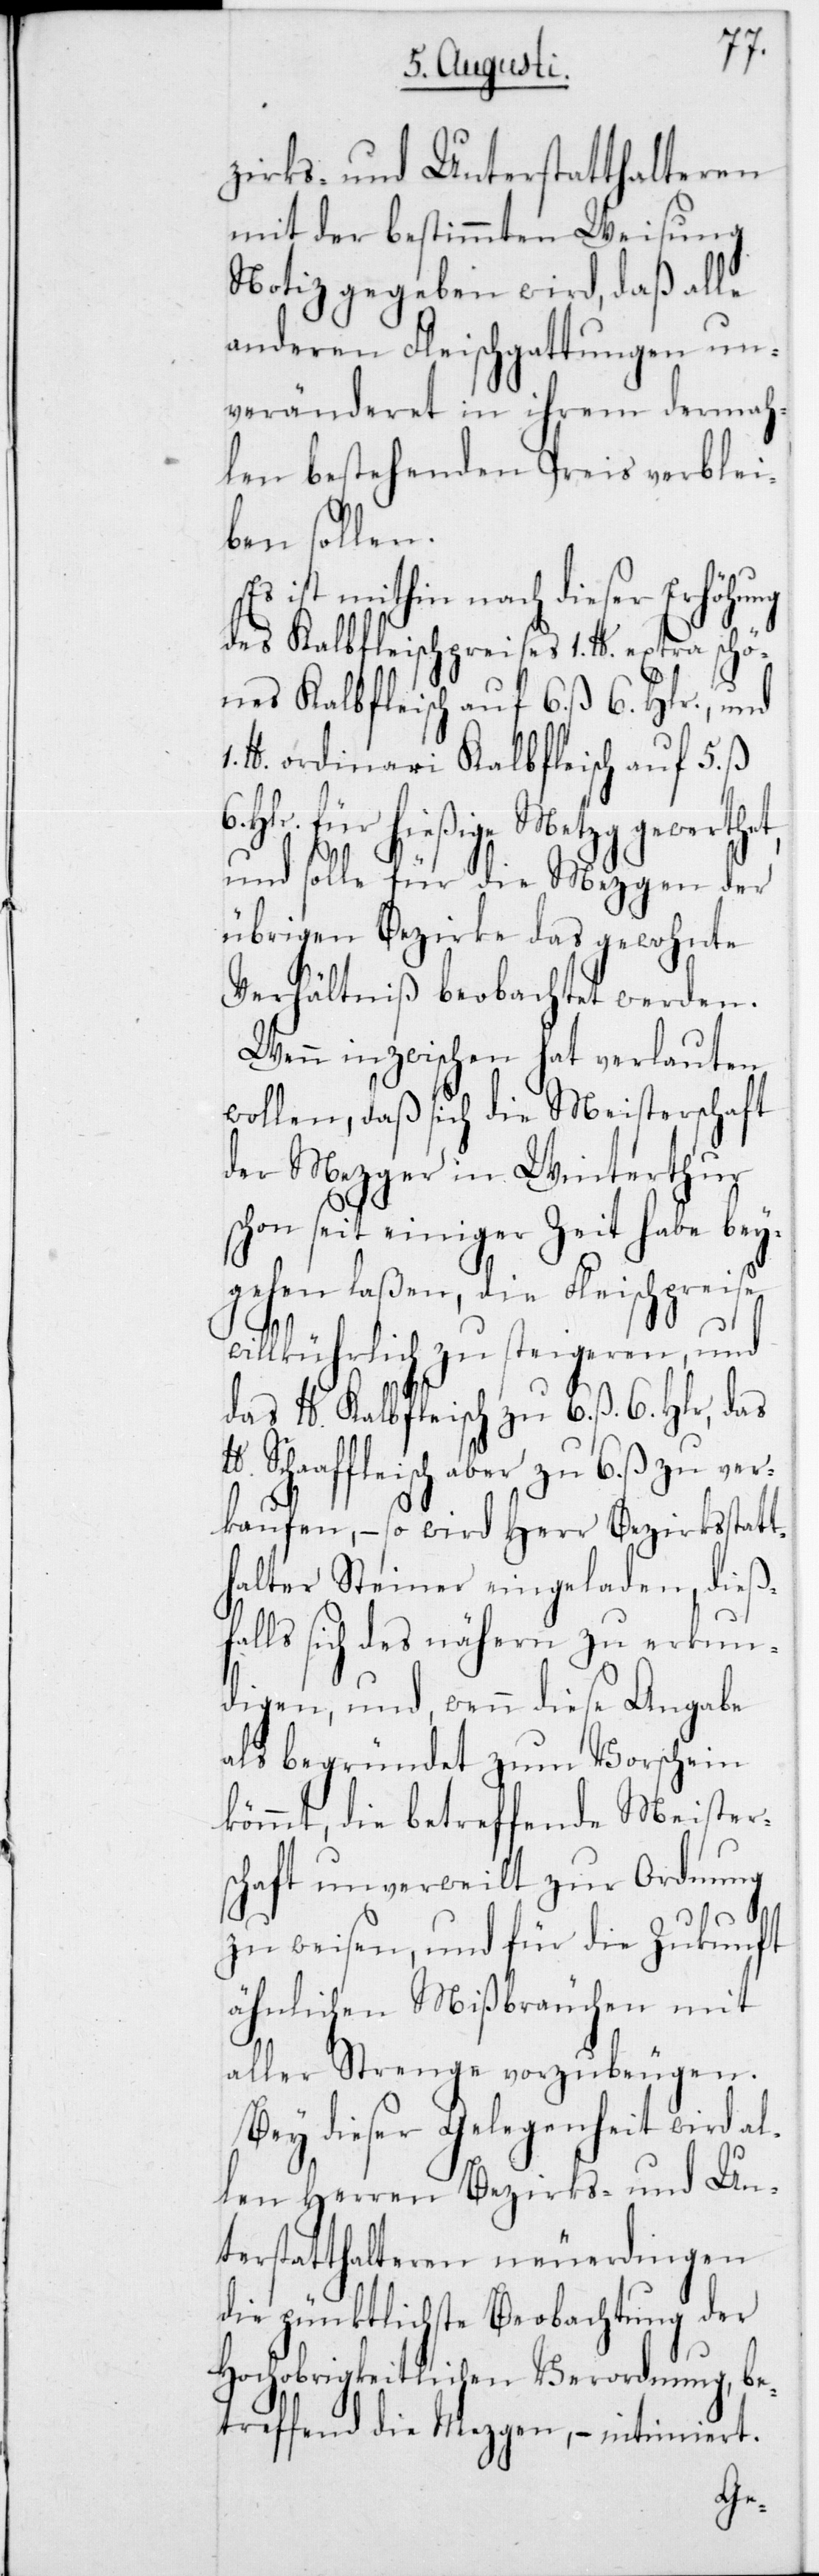
zirks- und Unterstatthalteren
mit der bestimmten Weisung
Notiz gegeben wird, daß alle
anderen Fleischgattungen un¬
veränderet in ihrem dermah¬
len bestehenden Preis verblei¬
ben sollen.
Es ist mithin nach dieser Erhöhung
des Kalbfleischpreises 1 lb. extra schö¬
nes Kalbfleisch auf 6 ß 6 Hlr., und
lb. ordinari Kalbfleisch auf 5 ß
Hlr. für hießige Metzg gewerth¬
und solle für die Mezgen der
übrigen Bezirke das gewohnte
Verhältniß beobachtet werden.
Wenn inzwischen hat verlauten
wollen, daß sich die Meisterschaft
der Metzger in Winterthur
schon seit einiger Zeit habe bey¬
gehen laßen, die Fleischpreise
willkührlich zu steigeren und
das lb. Kalbfleisch zu 6 ß 6 Hlr., das
Schaffleisch aber zu 6 ß zu ver¬
kaufen, – so wird Herr Bezirksstatt¬
halter Steiner eingeladen, dieß¬
falls sich des nähern zu erkun¬
digen, und wenn diese Angabe
als begründet zum Vorschein
kömmt, die betreffende Meister¬
schaft unverweilt zur Ordnung
zu weisen, und für die Zukunft
ähnlichen Mißbräuchen mit
aller Strenge vorzubeugen.
Bey dieser Gelegenheit wird al¬
len Herren Bezirks- und Un¬
terstatthalteren neuerdingen
die pünktlichste Beobachtung der
Hochobrigkeitlichen Verordnung, be¬
treffend die Mezgen, – intimiert.
et,